Rangoon Lunatic Asylum 1893-1897 - 1893-1897
Year: 1893
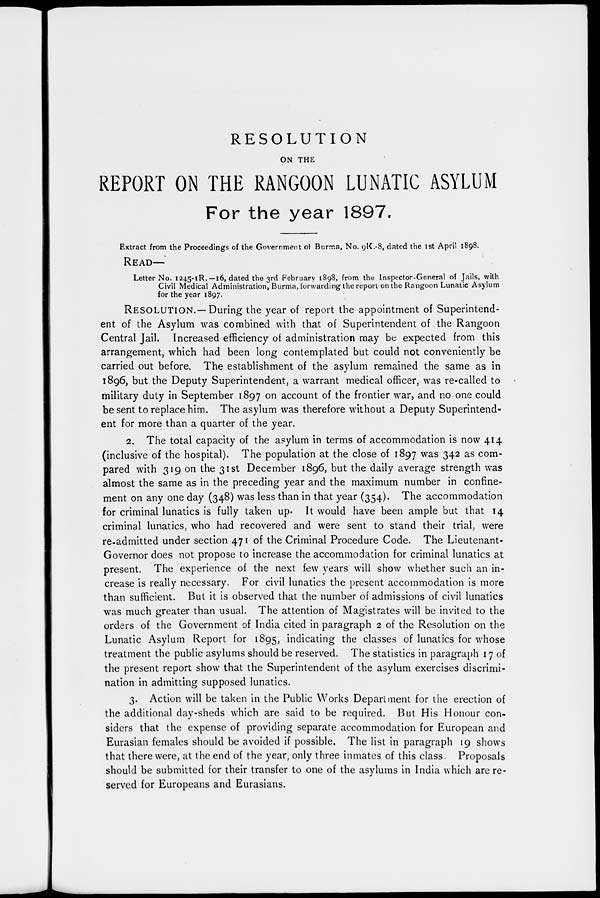
RESOLUTION
ON THE
REPORT ON THE RANGOON LUNATIC ASYLUM
For the year 1897.
Extract from the Proceedings of the Government of Burma, No. 9K.-8, dated the 1st April 1898.
READ—
Letter No. 1245-1R.—16, dated the 3rd February 1898, from the Inspector-General of Jails, with
Civil Medical Administration, Burma, forwarding the report on the Rangoon Lunatic Asylum
for the year 1897.
RESOLUTION.—During the year of report the appointment of Superintend-
ent of the Asylum was combined with that of Superintendent of the Rangoon
Central Jail. Increased efficiency of administration may be expected from this
arrangement, which had been long contemplated but could not conveniently be
carried out before. The establishment of the asylum remained the same as in
1896, but the Deputy Superintendent, a warrant medical officer, was re-called to
military duty in September 1897 on account of the frontier war, and no one could
be sent to replace him. The asylum was therefore without a Deputy Superintend-
ent for more than a quarter of the year.
2. The total capacity of the asylum in terms of accommodation is now 414
(inclusive of the hospital). The population at the close of 1897 was 342 as com-
pared with 319 on the 31st December 1896, but the daily average strength was
almost the same as in the preceding year and the maximum number in confine-
ment on any one day (348) was less than in that year (354). The accommodation
for criminal lunatics is fully taken up. It would have been ample but that 14
criminal lunatics, who had recovered and were sent to stand their trial, were
re-admitted under section 471 of the Criminal Procedure Code. The Lieutenant-
Governor does not propose to increase the accommodation for criminal lunatics at
present. The experience of the next few years will show whether such an in-
crease is really necessary. For civil lunatics the present accommodation is more
than sufficient. But it is observed that the number of admissions of civil lunatics
was much greater than usual. The attention of Magistrates will be invited to the
orders of the Government of India cited in paragraph 2 of the Resolution on the
Lunatic Asylum Report for 1895, indicating the classes of lunatics for whose
treatment the public asylums should be reserved. The statistics in paragraph 17 of
the present report show that the Superintendent of the asylum exercises discrimi-
nation in admitting supposed lunatics.
3. Action will be taken in the Public Works Department for the erection of
the additional day-sheds which are said to be required. But His Honour con-
siders that the expense of providing separate accommodation for European and
Eurasian females should be avoided if possible. The list in paragraph 19 shows
that there were, at the end of the year, only three inmates of this class. Proposals
should be submitted for their transfer to one of the asylums in India which are re-
served for Europeans and Eurasians.